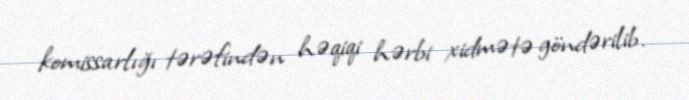
komissarlığı tərəfindən həqiqi hərbi xidmətə göndərilib.